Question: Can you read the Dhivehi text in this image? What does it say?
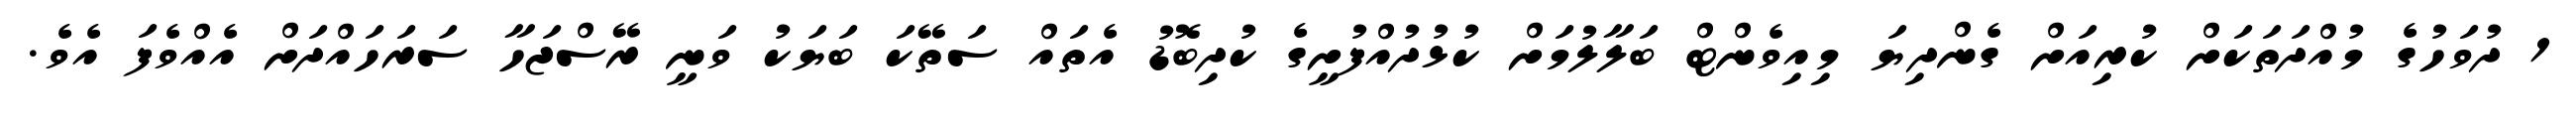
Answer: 1 ދުވަހުގެ މުއްދަތަކަށް ކުރިއަށް ގެންދިޔަ މިއިވެންޓް ބަލާލުމަށް ކުޅުދުއްފުށީގެ ކުދިބޮޑު އެތައް ސަތޭކަ ބަޔަކު ވަނީ ރޭސްޖަހާ ސަރަހައްދަށް އެއްވެފަ އެވެ.